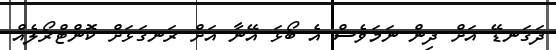
ދަގަނޑޭ އަށް ދިން ނަމަވެސް އެ ބޯޅަ އޭނާ އަށް ރަނގަޅަށް ކޮންޓްރޯލެއްް